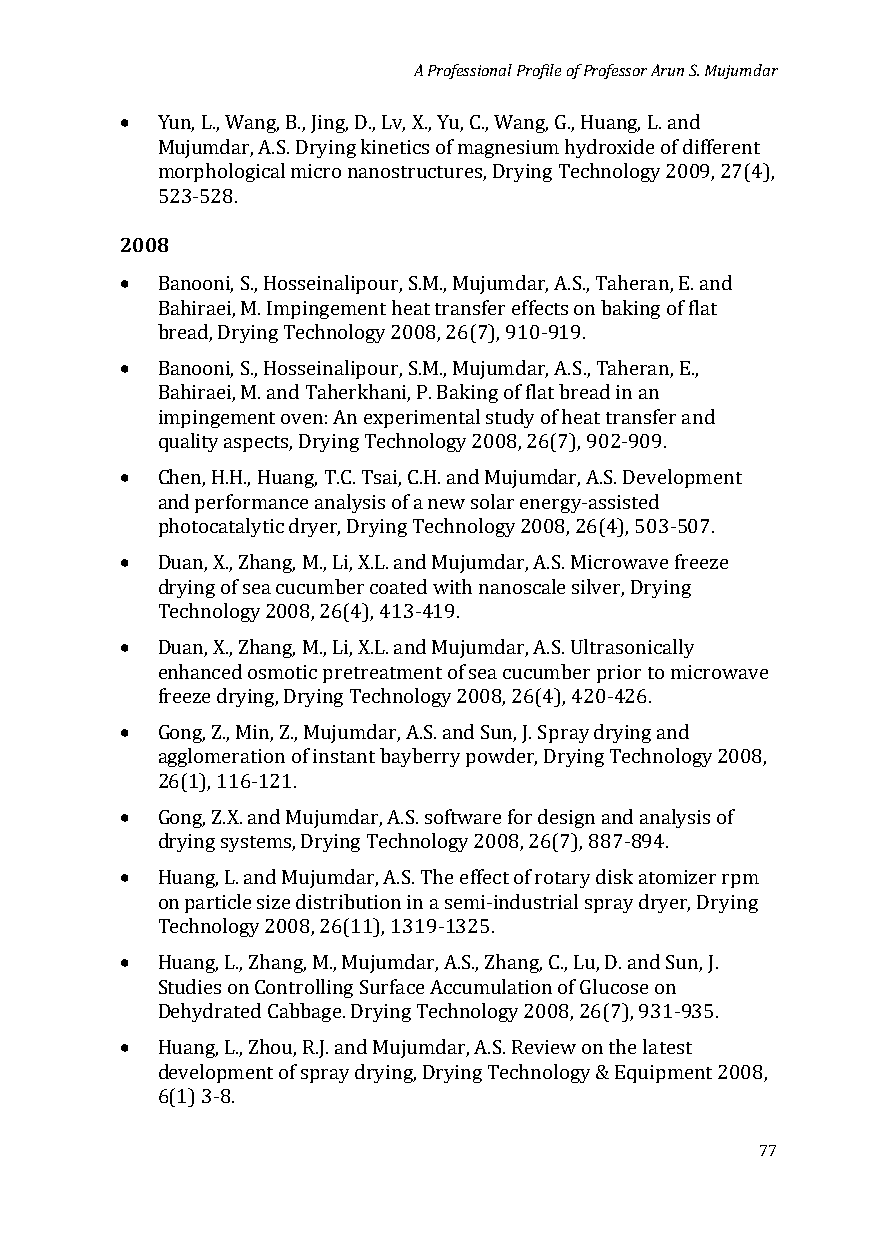
A Professional Profile of Professor Arun S. Mujumdar
 •
 Yun, L., Wang, B., Jing, D., Lv, X., Yu, C., Wang, G., Huang, L. and
 Mujumdar, A.S. Drying kinetics of magnesium hydroxide of different
 morphological micro nanostructures, Drying Technology 2009, 27(4),
 200852 3-528.
 •
 Banooni, S., Hosseinalipour, S.M., Mujumdar, A.S., Taheran, E. and
 Bahiraei, M. Impingement heat transfer effects on baking of flat
 •
 bread, Drying Technology 2008, 26(7), 910-919.
 Banooni, S., Hosseinalipour, S.M., Mujumdar, A.S., Taheran, E.,
 Bahiraei, M. and Taherkhani, P. Baking of flat bread in an
 impingement oven: An experimental study of heat transfer and
 •
 quality aspects, Drying Technology 2008, 26(7), 902-909.
 Chen, H.H., Huang, T.C. Tsai, C.H. and Mujumdar, A.S. Development
 and performance analysis of a new solar energy-assisted
 •
 photocatalytic dryer, Drying Technology 2008, 26(4), 503-507.
 Duan, X., Zhang, M., Li, X.L. and Mujumdar, A.S. Microwave freeze
 drying of sea cucumber coated with nanoscale silver, Drying
 •
 Technology 2008, 26(4), 413-419.
 Duan, X., Zhang, M., Li, X.L. and Mujumdar, A.S. Ultrasonically
 enhanced osmotic pretreatment of sea cucumber prior to microwave
 •
 freeze drying, Drying Technology 2008, 26(4), 420-426.
 Gong, Z., Min, Z., Mujumdar, A.S. and Sun, J. Spray drying and
 agglomeration of instant bayberry powder, Drying Technology 2008,
 •
 26(1), 116-121.
 Gong, Z.X. and Mujumdar, A.S. software for design and analysis of
 •
 drying systems, Drying Technology 2008, 26(7), 887-894.
 Huang, L. and Mujumdar, A.S. The effect of rotary disk atomizer rpm
 on particle size distribution in a semi-industrial spray dryer, Drying
 •
 Technology 2008, 26(11), 1319-1325.
 Huang, L., Zhang, M., Mujumdar, A.S., Zhang, C., Lu, D. and Sun, J.
 Studies on Controlling Surface Accumulation of Glucose on
 •
 Dehydrated Cabbage. Drying Technology 2008, 26(7), 931-935.
 Huang, L., Zhou, R.J. and Mujumdar, A.S. Review on the latest
 development of spray drying, Drying Technology & Equipment 2008,
 6(1) 3-8.
 77